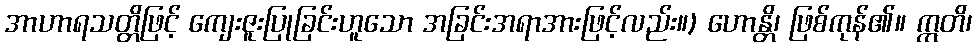
အာဟာရသတ္တိဖြင့် ကျေးဇူးပြုခြင်းဟူသော အခြင်းအရာအားဖြင့်လည်း။) ဟောန္တိ၊ ဖြစ်ကုန်၏။ ဣတိ၊